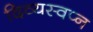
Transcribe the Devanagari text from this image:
दिव्यस्वप्न